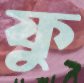
ফু